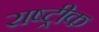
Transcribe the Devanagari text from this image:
राष्ट्रीक